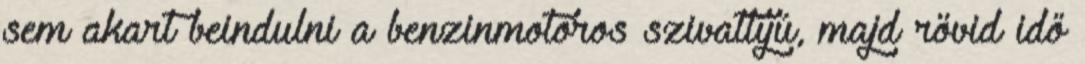
sem akart beindulni a benzinmotoros szivattyú, majd rövid idő